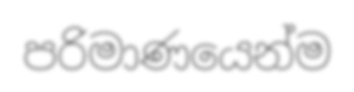
පරිමාණයෙන්ම